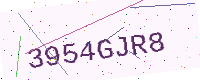
Text: 3954GJR8